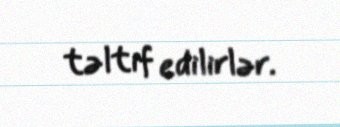
təltif edilirlər.